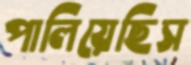
পালিয়েছিস